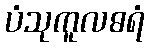
ပံသုကူလဓရံ